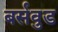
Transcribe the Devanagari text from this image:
बर्सवुड